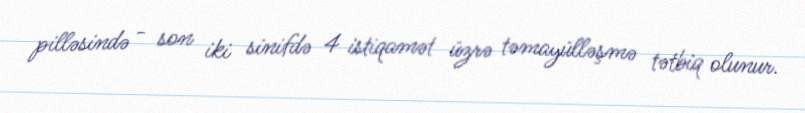
pilləsində - son iki sinifdə 4 istiqamət üzrə təmayülləşmə tətbiq olunur.